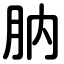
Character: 肭